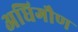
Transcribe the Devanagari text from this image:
अधिगौण